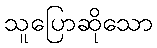
သူပြောဆိုသော